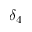
\delta _ { 4 }